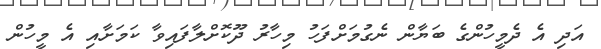
އަދި އެ ދެމީހުންގެ ބަޔާން ނެގުމަށްފަހު މިހާރު ދޫކޮށްލާފައިވާ ކަމަށާއި އެ މީހުން